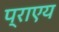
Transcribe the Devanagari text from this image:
प्राएय